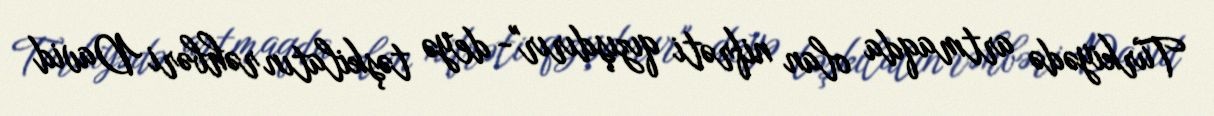
Türkiyədə artmaqda olan nifrəti qızışdırır"- deyə təşkilatın rəhbəri David